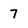
Character: 7